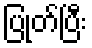
ပြုတ်ပြီး